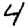
Digit: 4